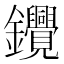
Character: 𰽓